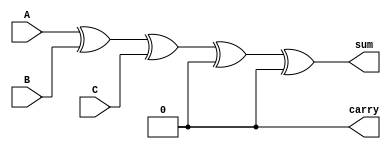
module carry_save_adder (
    input [N-1:0] A, // First operand
    input [N-1:0] B, // Second operand
    input [N-1:0] C, // Third operand
    output [N-1:0] sum, // Final sum output
    output carry // Final carry output
);
    parameter N = 8; // Bit-width of the inputs

    // CSA Cell
    function [N-1:0] csa_cell;
        input [N-1:0] A_i;
        input [N-1:0] B_i;
        input [N-1:0] C_i;
        begin
            csa_cell = { (A_i & B_i) | (B_i & C_i) | (A_i & C_i), A_i ^ B_i ^ C_i };
        end
    endfunction

    // Intermediate wires for sums and carries
    wire [N-1:0] sum1, sum2, carry1, carry2;

    // First layer of CSA cells
    assign {carry1, sum1} = csa_cell(A, B, C); // First CSA cell

    // Example for a second layer (assuming 3 inputs for simplicity)
    // You can expand this to more layers as needed
    assign {carry2, sum2} = csa_cell(sum1, carry1, 0); // Second CSA cell

    // Final sum and carry
    assign sum = sum2;
    assign carry = carry2;

endmodule